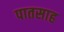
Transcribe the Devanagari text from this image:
पातसाह